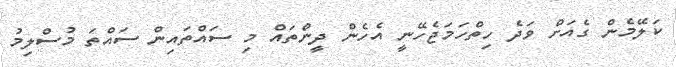
ކަލޭމެން ގެއަށް ވަދެ ހިތްހަމަޖެހޭނީ އެހެން ދީންތައް މި ސައްތައިން ސައްތަ މުސްލިމު